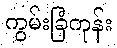
ကွမ်းခြံကုန်း